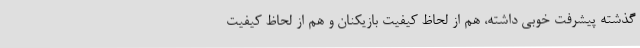
گذشته پیشرفت خوبی داشته، هم از لحاظ کیفیت بازیکنان و هم از لحاظ کیفیت